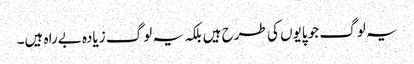
یہ لوگ جو پایوں کی طرح ہیں بلکہ یہ لوگ زیادہ بےراہ ہیں۔